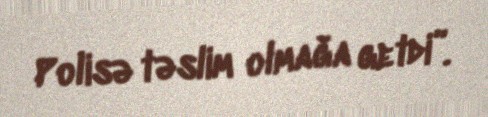
Polisə təslim olmağa getdi”.